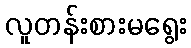
လူတန်းစားမရွေး